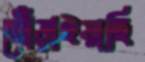
খোঁড়াইয়াছি